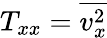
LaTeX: T_{xx}=\overline{{v_{x}^{2}}}